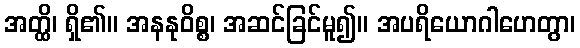
အတ္ထိ၊ ရှိ၏။ အနနုဝိစ္စ၊ အဆင်ခြင်မူ၍။ အပရိယောဂါဟေတွာ၊